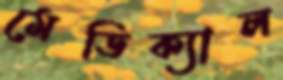
মেডিক্যাল